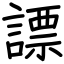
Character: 謤